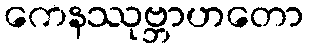
ကေနဿုဗ္ဘာဟတော